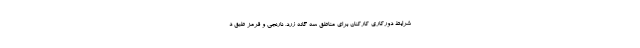
شرایط دورکاری کارکنان برای مناطق سه گانه زرد، نارنجی و قرمز طبق د